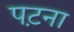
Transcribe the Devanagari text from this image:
पट़ना